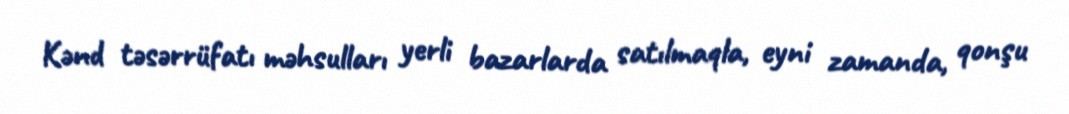
Kənd təsərrüfatı məhsulları yerli bazarlarda satılmaqla, eyni zamanda, qonşu